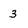
Character: 3